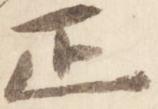
正